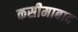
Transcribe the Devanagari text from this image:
कसीमाबाद